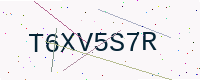
Text: T6XV5S7R